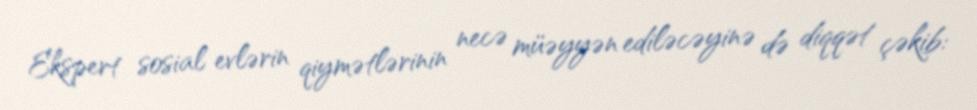
Ekspert sosial evlərin qiymətlərinin necə müəyyən ediləcəyinə də diqqət çəkib: